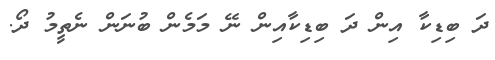
ދަ ބިޑިކާ އިން ދަ ބިޑިކާއިން ނޭ މަމެން ބުނަން ނެތީމު ދޯ.